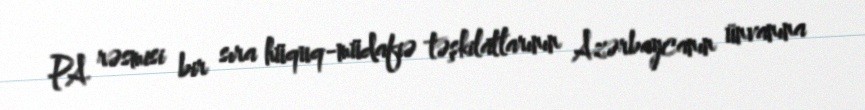
PA rəsmisi bir sıra hüquq-müdafiə təşkilatlarının Azərbaycanın ünvanına